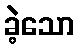
ခဲ့သော